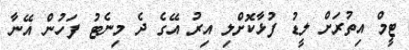
ޓީމް އިތުރަށް ލީޑު ފުޅާކޮށްލި އިރު އޭގެ ދެ މިނެޓު ފަހުން އޭނާ